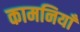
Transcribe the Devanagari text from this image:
कामनियाँ